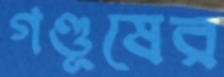
গণ্ডূষের